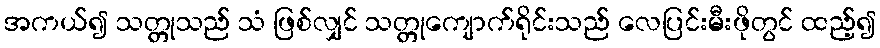
အကယ်၍ သတ္တုသည် သံ ဖြစ်လျှင် သတ္တုကျောက်ရိုင်းသည် လေပြင်းမီးဖိုတွင် ထည့်၍